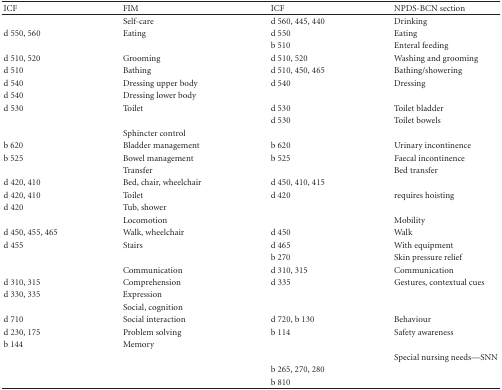
<table><thead><tr><td><b>ICF</b></td><td><b>FIM</b></td><td><b>ICF</b></td><td><b>NPDS-BCN section</b></td></tr></thead><tbody><tr><td> </td><td>Self-care</td><td>d 560, 445, 440</td><td>Drinking</td></tr><tr><td>d 550, 560</td><td>Eating</td><td>d 550</td><td>Eating</td></tr><tr><td> </td><td> </td><td>b 510</td><td>Enteral feeding</td></tr><tr><td>d 510, 520</td><td>Grooming</td><td>d 510, 520 </td><td>Washing and grooming </td></tr><tr><td>d 510</td><td>Bathing</td><td>d 510, 450, 465</td><td>Bathing/showering</td></tr><tr><td>d 540</td><td>Dressing upper body</td><td>d 540</td><td>Dressing</td></tr><tr><td>d 540</td><td>Dressing lower body</td><td> </td><td> </td></tr><tr><td>d 530</td><td>Toilet</td><td>d 530</td><td>Toilet bladder</td></tr><tr><td> </td><td> </td><td>d 530</td><td>Toilet bowels</td></tr><tr><td> </td><td>Sphincter control</td><td> </td><td> </td></tr><tr><td> b 620</td><td>Bladder management</td><td>b 620</td><td>Urinary incontinence</td></tr><tr><td> b 525</td><td>Bowel management</td><td>b 525</td><td>Faecal incontinence</td></tr><tr><td> </td><td>Transfer</td><td> </td><td>Bed transfer</td></tr><tr><td>d 420, 410</td><td>Bed, chair, wheelchair</td><td>d 450, 410, 415</td><td> </td></tr><tr><td>d 420, 410</td><td>Toilet</td><td>d 420</td><td>requires hoisting</td></tr><tr><td>d 420</td><td>Tub, shower</td><td> </td><td> </td></tr><tr><td> </td><td>Locomotion</td><td> </td><td>Mobility</td></tr><tr><td> d 450, 455, 465</td><td>Walk, wheelchair</td><td>d 450</td><td>Walk</td></tr><tr><td> d 455</td><td>Stairs</td><td>d 465</td><td> With equipment</td></tr><tr><td> </td><td> </td><td>b 270</td><td>Skin pressure relief</td></tr><tr><td> </td><td>Communication</td><td>d 310, 315</td><td>Communication</td></tr><tr><td> d 310, 315</td><td>Comprehension </td><td>d 335</td><td>Gestures, contextual cues</td></tr><tr><td> d 330, 335</td><td>Expression</td><td> </td><td> </td></tr><tr><td> </td><td>Social, cognition</td><td> </td><td> </td></tr><tr><td> d 710</td><td>Social interaction</td><td>d 720, b 130</td><td>Behaviour</td></tr><tr><td> d 230, 175</td><td>Problem solving</td><td>b 114</td><td>Safety awareness</td></tr><tr><td> b 144</td><td>Memory</td><td> </td><td> </td></tr><tr><td> </td><td> </td><td> </td><td>Special nursing needs—SNN</td></tr><tr><td> </td><td> </td><td>b 265, 270, 280</td><td> </td></tr><tr><td> </td><td> </td><td>b 810</td><td> </td></tr></tbody></table>